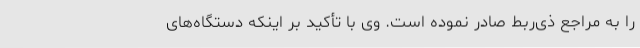
را به مراجع ذی‌ربط صادر نموده است. وی با تأکید بر اینکه دستگاه‌های